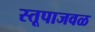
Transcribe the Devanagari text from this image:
स्तूपाजवळ